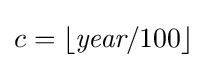
c=\lfloor {\textit {year}}/100\rfloor